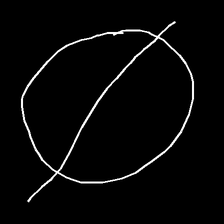
Glyph: orb